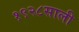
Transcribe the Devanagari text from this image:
१९२८साली